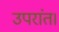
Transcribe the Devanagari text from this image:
उपरांत।